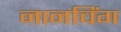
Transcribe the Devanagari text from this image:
नानचिंग